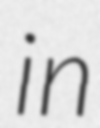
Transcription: in